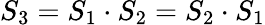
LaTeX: S_{3}=S_{1}\cdot S_{2}=S_{2}\cdot S_{1}